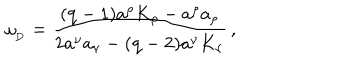
LaTeX: \omega _ { _ \mathrm { D } } = { \frac { { ( \mathrm { q - 1 ) } } a ^ { \rho } K _ { \rho } - a ^ { \rho } a _ { \rho } } { 2 a ^ { \nu } a _ { \nu } - { ( \mathrm { q - 2 ) } } a ^ { \nu } K _ { \nu } } } \, ,